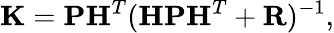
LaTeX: \mathbf{K}=\mathbf{PH}^{T}(\mathbf{HPH}^{T}+\mathbf{R})^{-1},